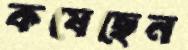
কষেছেন